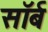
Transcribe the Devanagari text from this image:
सॉर्ब